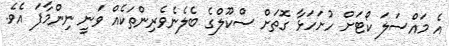
އެ މައްސަލަ ކޯޓަށް ހުށަހަޅާ ގޮތަށް ސްކޫލްގެ ބެލެނެވެރިންތަކެއް ވަނީ ނިންމާފަ އެވެ.